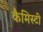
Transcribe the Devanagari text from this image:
कैमिस्टी